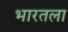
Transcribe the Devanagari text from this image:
भारतला